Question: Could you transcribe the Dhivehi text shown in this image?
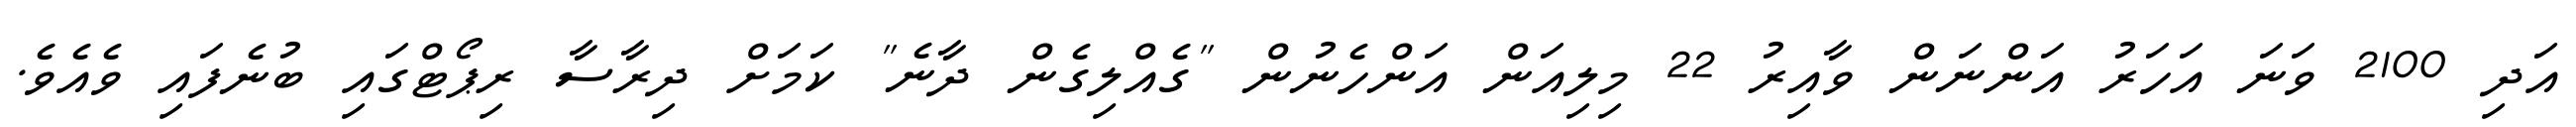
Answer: އަދި 2100 ވަނަ އަހަރު އަންނަން ވާއިރު 22 މިލިއަން އަންހެނުން "ގެއްލިގެން ދާނެ" ކަމަށް ދިރާސާ ރިޕޯޓްގައި ބުނެފައި ވެއެވެ.